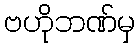
ဗဟိုဘဏ်မှ